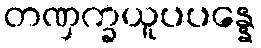
တဏှက္ခယူပပန္နေ